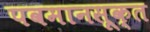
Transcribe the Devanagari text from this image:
पवमानसूक्त